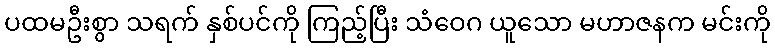
ပထမဦးစွာ သရက် နှစ်ပင်ကို ကြည့်ပြီး သံဝေဂ ယူသော မဟာဇနက မင်းကို